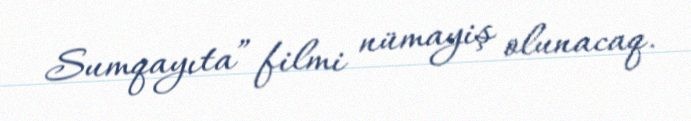
Sumqayıta” filmi nümayiş olunacaq.